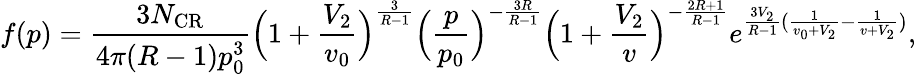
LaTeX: f(p)=\frac{3N_{\mathrm{CR}}}{4\pi(R-1)p_{0}^{3}}\Big(1+\frac{V_{2}}{v_{0}}\Big)^{\frac{3}{R-1}}\Big(\frac{p}{p_{0}}\Big)^{-\frac{3R}{R-1}}\Big(1+\frac{V_{2}}{v}\Big)^{-\frac{2R+1}{R-1}}e^{\frac{3V_{2}}{R-1}(\frac{1}{v_{0}+V_{2}}-\frac{1}{v+V_{2}})},